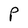
Character: P